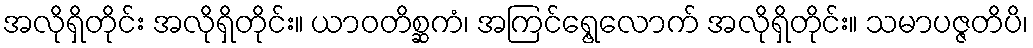
အလိုရှိတိုင်း အလိုရှိတိုင်း။ ယာဝတိစ္ဆကံ၊ အကြင်ရွေ့လောက် အလိုရှိတိုင်း။ သမာပဇ္ဇတိပိ၊